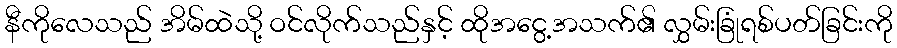
နီကိုလေသည် အိမ်ထဲသို့ ဝင်လိုက်သည်နှင့် ထိုအငွေ့အသက်၏ လွှမ်းခြုံရစ်ပတ်ခြင်းကို